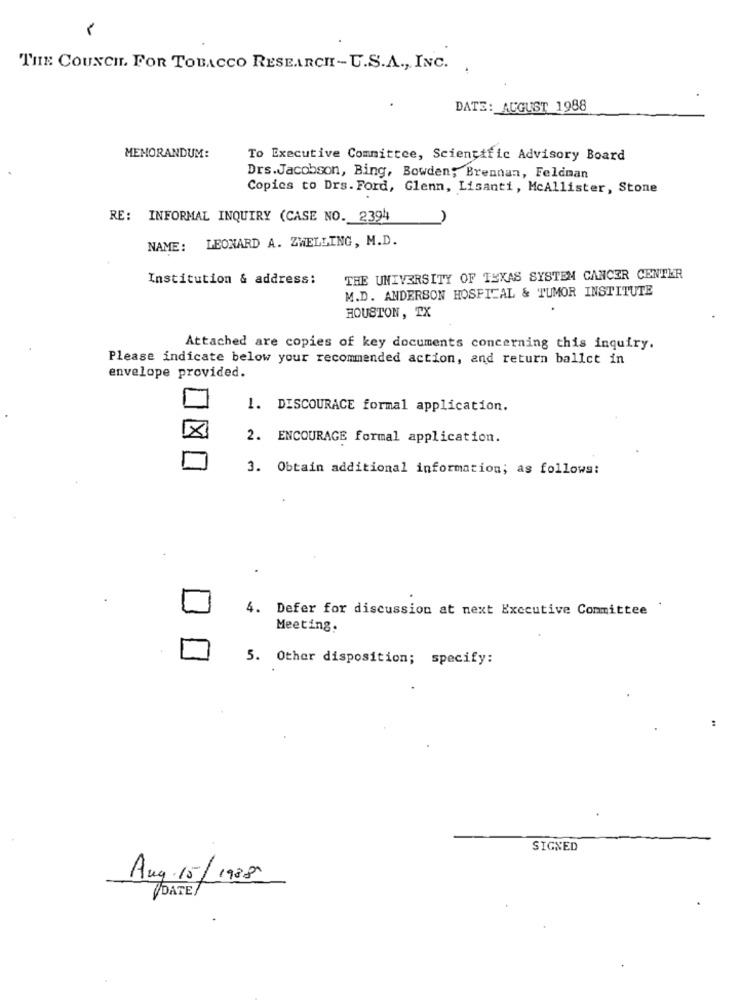
THE COUNCIL FOR TOBACCO RESEARCH - U.S.A ., INC. .
DATE: AUGUST 1988
MEMORANDUM:
To Executive Committee, Scientific Advisory Board
Drs.Jacobson, Bing, Bowden; Brennan, Feldman
Copies to Drs. Ford, Glenn, Lisanti, McAllister, Stone
RE: INFORMAL INQUIRY (CASE NO. 2394
NAME: LEONARD A. ZWELLING, M.D.
Institution & address:
THE UNIVERSITY OF TEXAS SYSTEM CANCER CENTER
M.D. ANDERSON HOSPITAL & TUMOR INSTITUTE
HOUSTON, TX
Attached are copies of key documents concerning this inquiry.
Please indicate below your recommended action, and return ballct in
envelope provided.
1. DISCOURACE formal application.
2. ENCOURAGE formal application.
3. Obtain additional information; as follows:
4. Defer for discussion at next Executive Committee
.
Meeting.
5. Other disposition; specify:
SIGNED
Aug. 15/1988
DATE